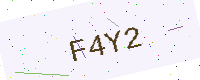
Text: F4Y2